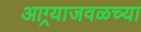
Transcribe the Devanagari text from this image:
आग्र्याजवळच्या